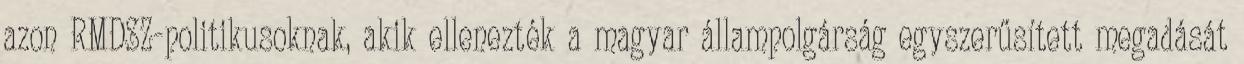
azon RMDSZ-politikusoknak, akik ellenezték a magyar állampolgárság egyszerűsített megadását